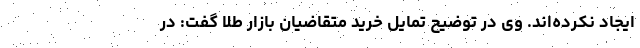
ایجاد نکرده‌اند. وی در توضیح تمایل خرید متقاضیان بازار طلا گفت: در